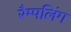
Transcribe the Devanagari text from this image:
रैम्पलिंग